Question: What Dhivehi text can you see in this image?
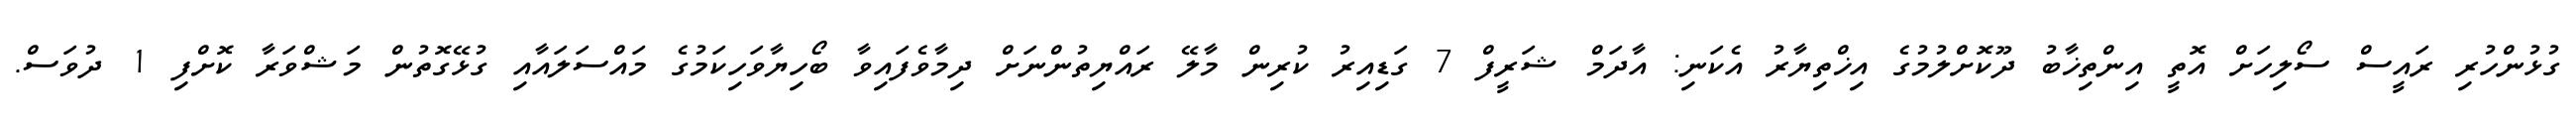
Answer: ގުޅުންހުރި ރައީސް ސޯލިހަށް އޮތީ އިންތިޚާބު ދޫކޮށްލުމުގެ އިޚްތިޔާރު އެކަނި: އާދަމް ޝަރީފް 7 ގަޑިއިރު ކުރިން މާލޭ ރައްޔިތުންނަށް ދިމާވެފައިވާ ބޯހިޔާވަހިކަމުގެ މައްސަލައާއި ގުޅޭގޮތުން މަޝްވަރާ ކޮށްފި 1 ދުވަސް.